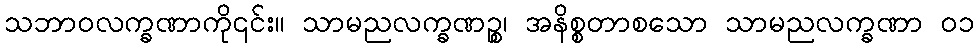
သဘာဝလက္ခဏာကို၎င်း။ သာမညလက္ခဏဉ္စ၊ အနိစ္စတာစသော သာမညလက္ခဏာ ၀၁